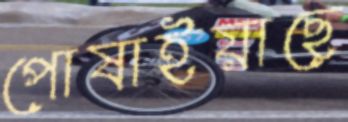
পোষাইয়াছে